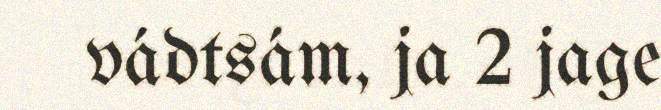
vádtsám, ja 2 jage